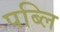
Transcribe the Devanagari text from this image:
पब्लि